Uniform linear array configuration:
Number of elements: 16
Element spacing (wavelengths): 0.25
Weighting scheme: hamming
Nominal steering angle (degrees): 0
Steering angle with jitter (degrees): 0.7362
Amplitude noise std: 0.05
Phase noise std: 0.05

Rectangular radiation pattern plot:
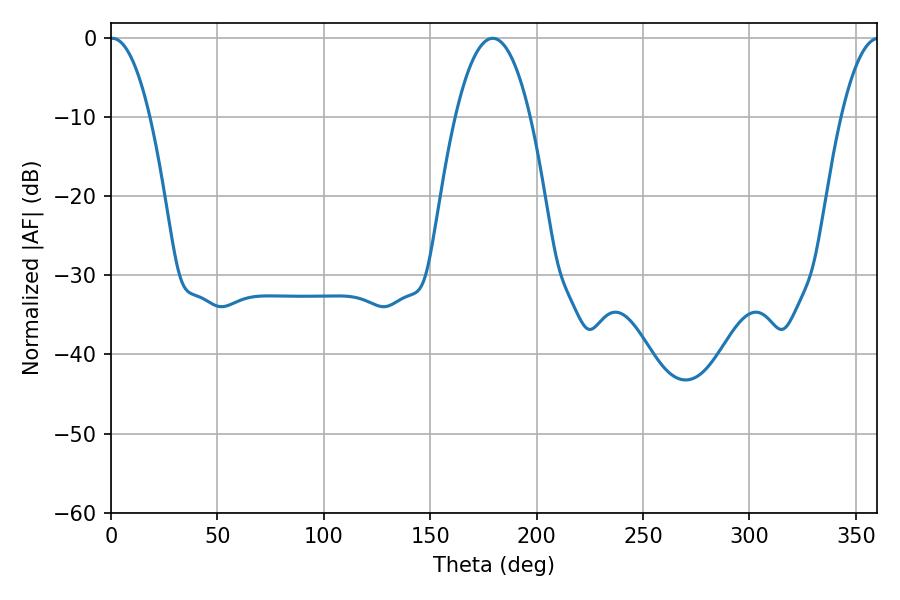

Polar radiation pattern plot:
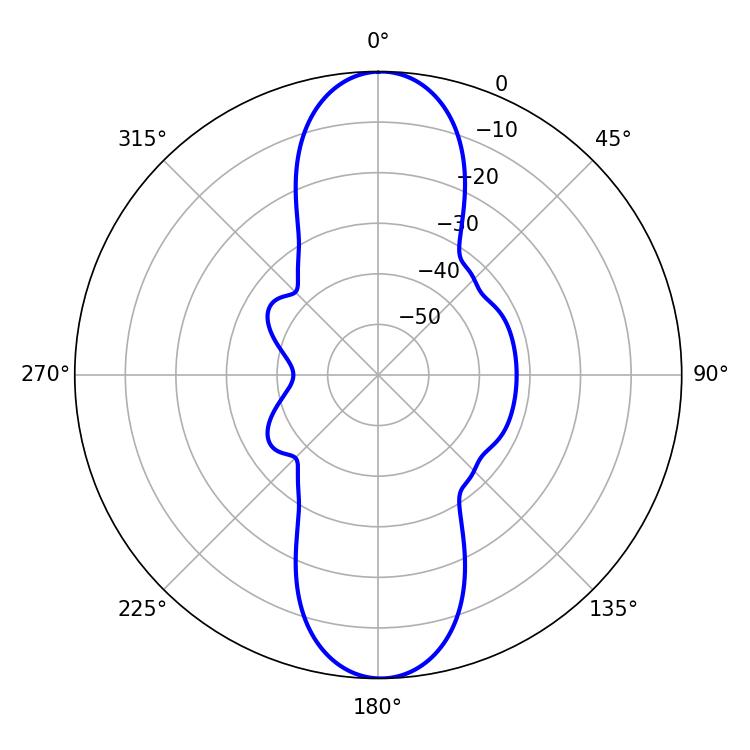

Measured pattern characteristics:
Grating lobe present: FALSE
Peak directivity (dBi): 23.692
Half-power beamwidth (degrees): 10.44
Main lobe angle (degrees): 0.72